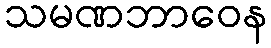
သမဏဘာဝေန